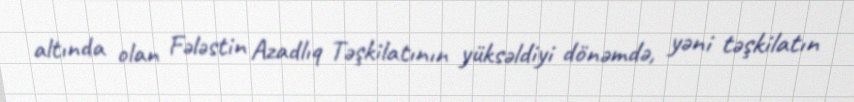
altında olan Fələstin Azadlıq Təşkilatının yüksəldiyi dönəmdə, yəni təşkilatın